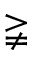
\gneqq